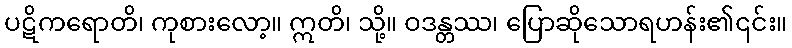
ပဋိကရောတိ၊ ကုစားလော့။ ဣတိ၊ သို့။ ဝဒန္တဿ၊ ပြောဆိုသောရဟန်း၏၎င်း။